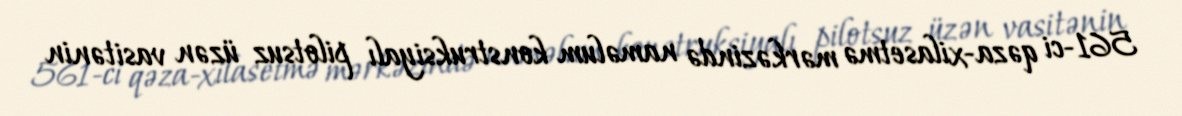
561-ci qəza-xilasetmə mərkəzində naməlum konstruksiyalı pilotsuz üzən vasitənin